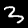
Digit: 3